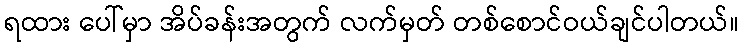
ရထား ပေါ်မှာ အိပ်ခန်းအတွက် လက်မှတ် တစ်စောင်ဝယ်ချင်ပါတယ်။